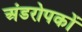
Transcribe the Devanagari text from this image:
अंडरोपकों